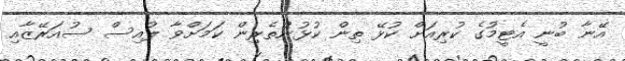
އޭނާ ބުނީ އެޓީމުގެ ކުރިއަށް ކުޅޭ ތިން ކުޅުންތެރިން ކަމަށްވާ ލުއިސް ސުއަރޭޒާއި